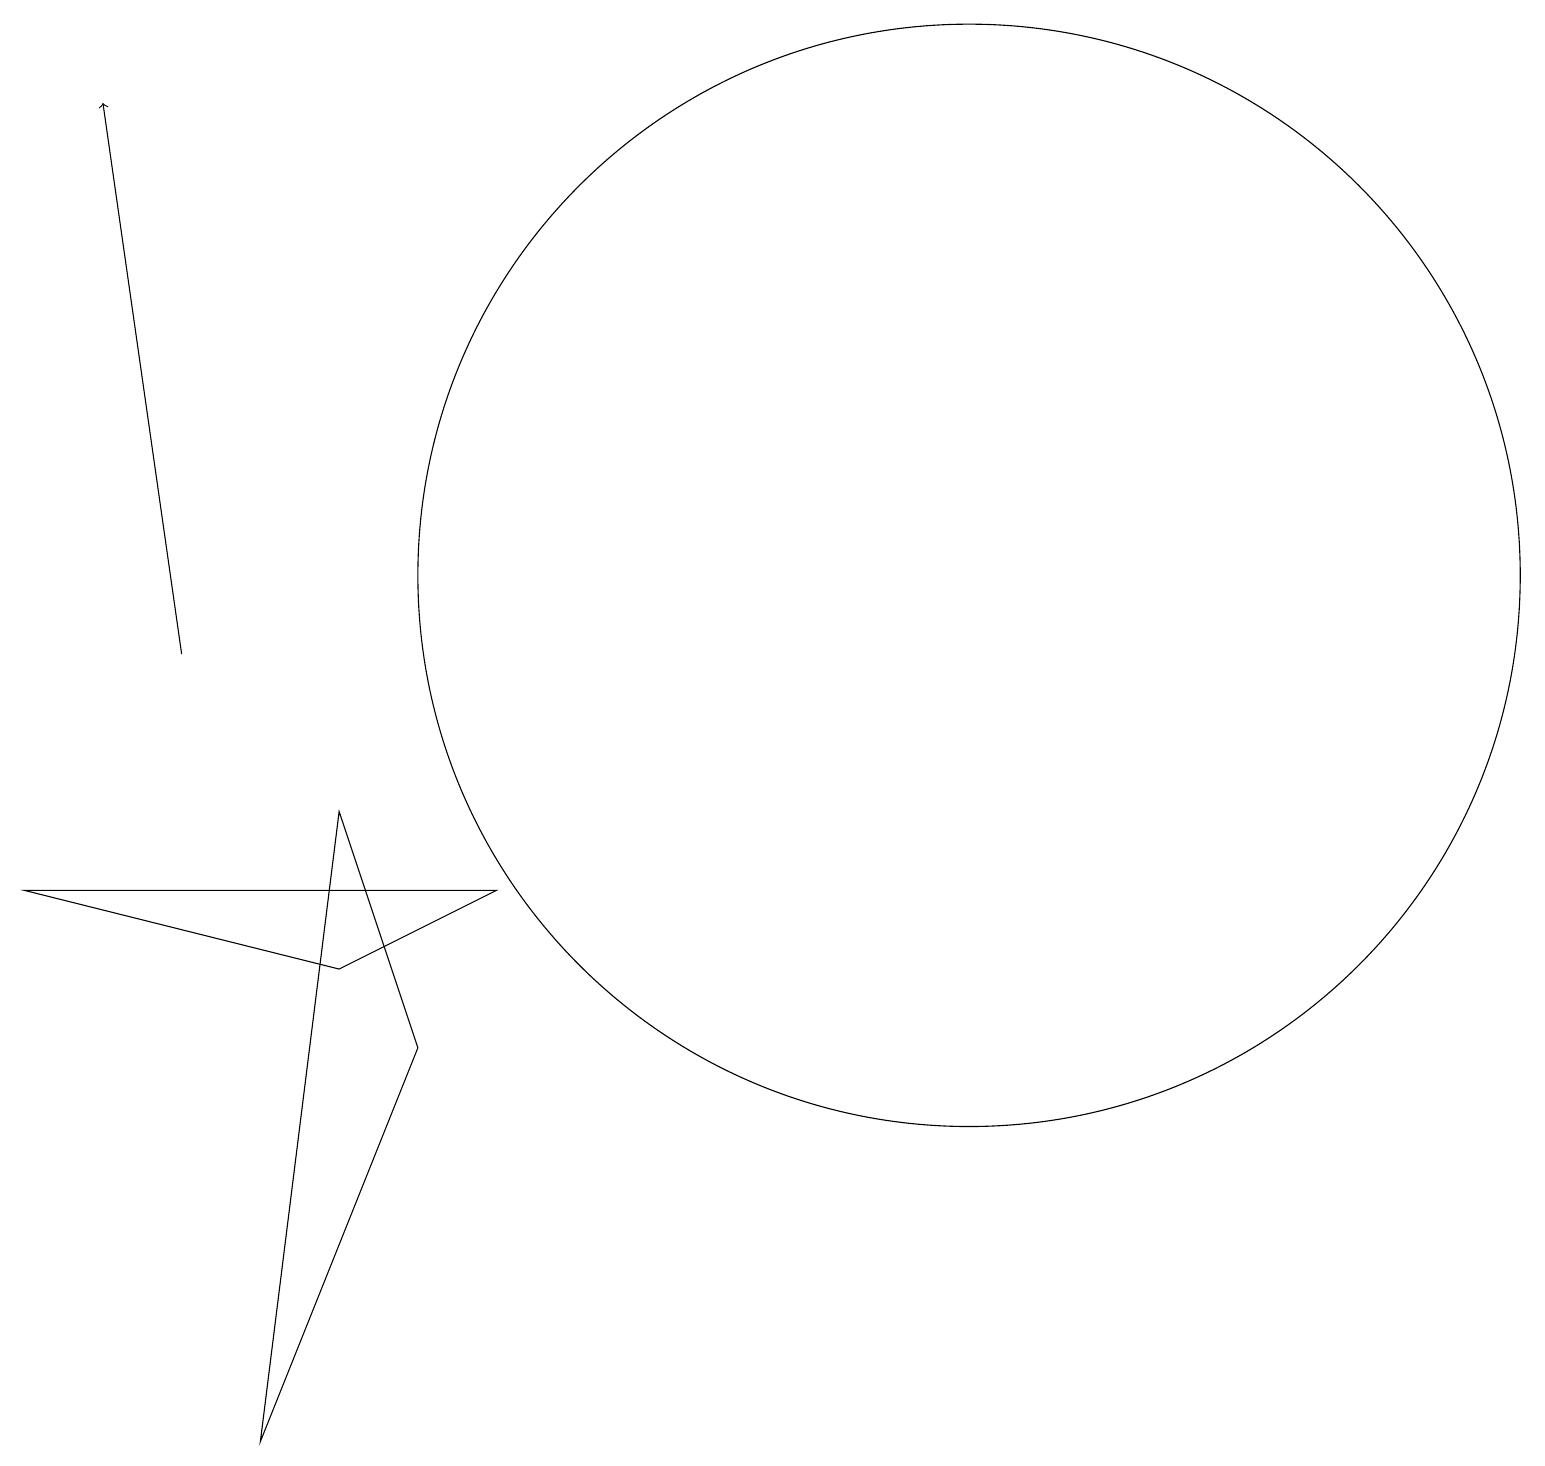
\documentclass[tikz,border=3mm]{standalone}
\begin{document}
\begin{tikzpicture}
\draw (12,11) circle (7);
\draw (6,7) -- (0,7) -- (4,6) -- cycle;
\draw[->] (2,10) -- (1,17);
\draw (3,0) -- (4,8) -- (5,5) -- cycle;
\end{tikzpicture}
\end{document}